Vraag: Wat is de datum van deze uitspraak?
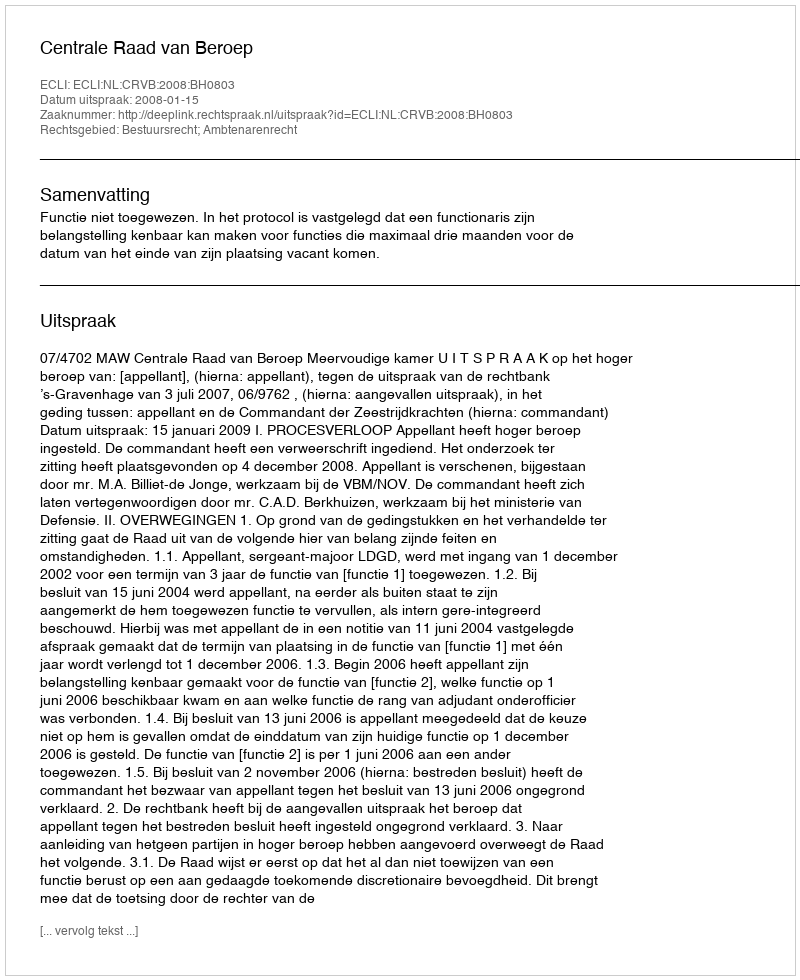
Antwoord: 2008-01-15